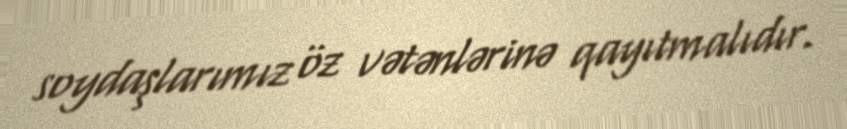
soydaşlarımız öz vətənlərinə qayıtmalıdır.